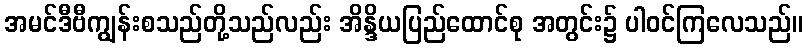
အမင်ဒီဗီကျွန်းစသည်တို့သည်လည်း အိန္ဒိယပြည်ထောင်စု အတွင်း၌ ပါဝင်ကြလေသည်။